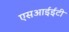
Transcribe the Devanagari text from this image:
एसआईईटी